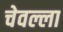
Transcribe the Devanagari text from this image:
चेवल्ला